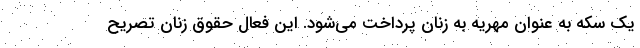
یک سکه به عنوان مهریه به زنان پرداخت می‌شود. این فعال حقوق زنان تصریح